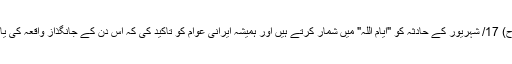
امام خمینی (رح) 17/ شہریور کے حادثہ کو "ایام اللہ" میں شمار کرتے ہیں اور ہمیشہ ایرانی عوام کو تاکید کی کہ اس دن کے جانگذاز واقعہ کی یاد منائی جائے۔